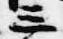
三